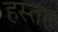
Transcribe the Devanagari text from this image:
हस्तह